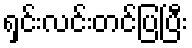
ရှင်းလင်းတင်ပြပြီး